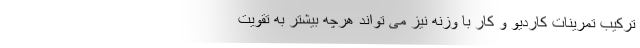
ترکیب تمرینات کاردیو و کار با وزنه نیز می تواند هرچه بیشتر به تقویت